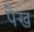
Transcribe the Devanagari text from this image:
पेख